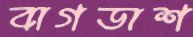
বাগডাশ